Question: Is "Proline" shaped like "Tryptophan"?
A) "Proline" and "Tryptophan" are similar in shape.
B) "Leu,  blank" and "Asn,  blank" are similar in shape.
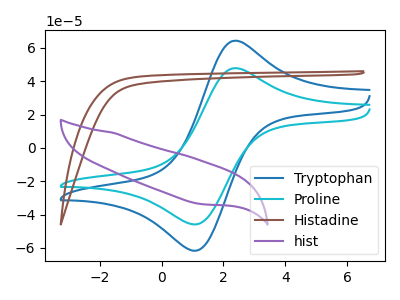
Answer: <think>The blue curve "Tryptophan" has an anodic peak at (2.30V, 64.05uA) and a cathodic peak at (1.10V, -61.70uA). The cyan curve "Proline" has an anodic peak at (2.30V, 47.65uA) and a cathodic peak at (1.10V, -45.90uA). The brown curve "Histadine" has no peaks. The purple curve "hist" has no peaks.
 All the peaks in "Proline" have a peak in "Tryptophan" at the same potential. Every peak in "Proline" is lower than every peak in "Tryptophan".</think>
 <answer>A) "Proline" and "Tryptophan" are similar in shape.</answer>
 <eval>A</eval>